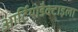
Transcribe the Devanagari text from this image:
आर्टियोडैक्टाइला